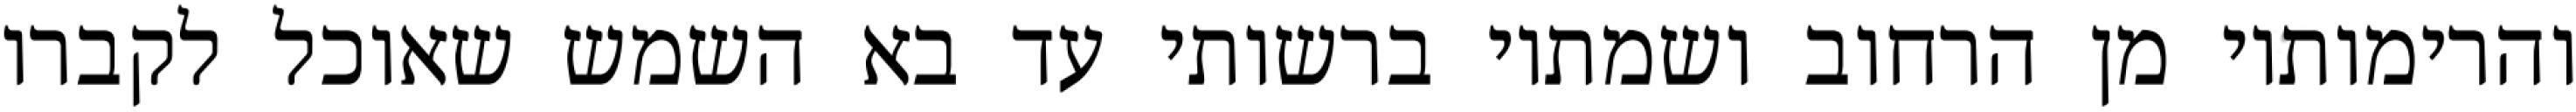
והרימותיו מן הרחוב ושמתיו ברשותי עד בא השמש שאוכל לקברו